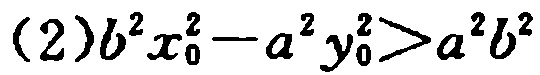
\((2)b^{2}x_{0}^{2}-a^{2}y_{0}^{2}>a^{2}b^{2}\)